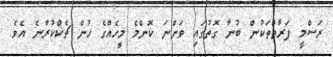
ރަސްމީ ފަރާތްތަކުން ބުނާ ގޮތުގައި ވަންނަ ކޮންމެ މީހެއްގެ ހުން ޗެކްކުރާނެ އެވެ.